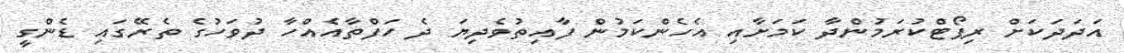
އަަދަދަކަށް ރިޕޯޓްކުރަމުންދާ ކަމަށާއި އެެހެންކަމުން ފާއިތުވެދިޔަ ދެ ހަފްތާއެއްހާ ދުވަހުގެ ތެރޭގައި ޑެންގީ